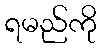
ရမည်ကို